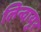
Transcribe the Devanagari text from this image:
लिन्दायुर